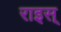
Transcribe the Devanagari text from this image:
राइस्